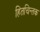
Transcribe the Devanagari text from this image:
हितचिन्तक